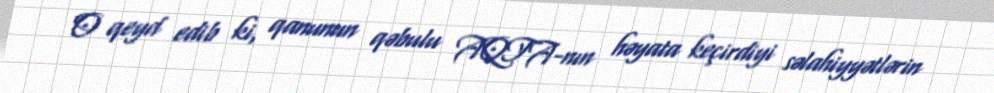
O qeyd edib ki, qanunun qəbulu AQTA-nın həyata keçirdiyi səlahiyyətlərin